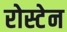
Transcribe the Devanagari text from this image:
रोस्टेन